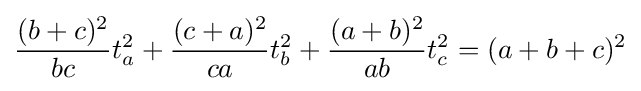
{\frac {(b+c)^{2}}{bc}}t_{a}^{2}+{\frac {(c+a)^{2}}{ca}}t_{b}^{2}+{\frac {(a+b)^{2}}{ab}}t_{c}^{2}=(a+b+c)^{2}